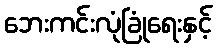
ဘေးကင်းလုံခြုံရေးနှင့်